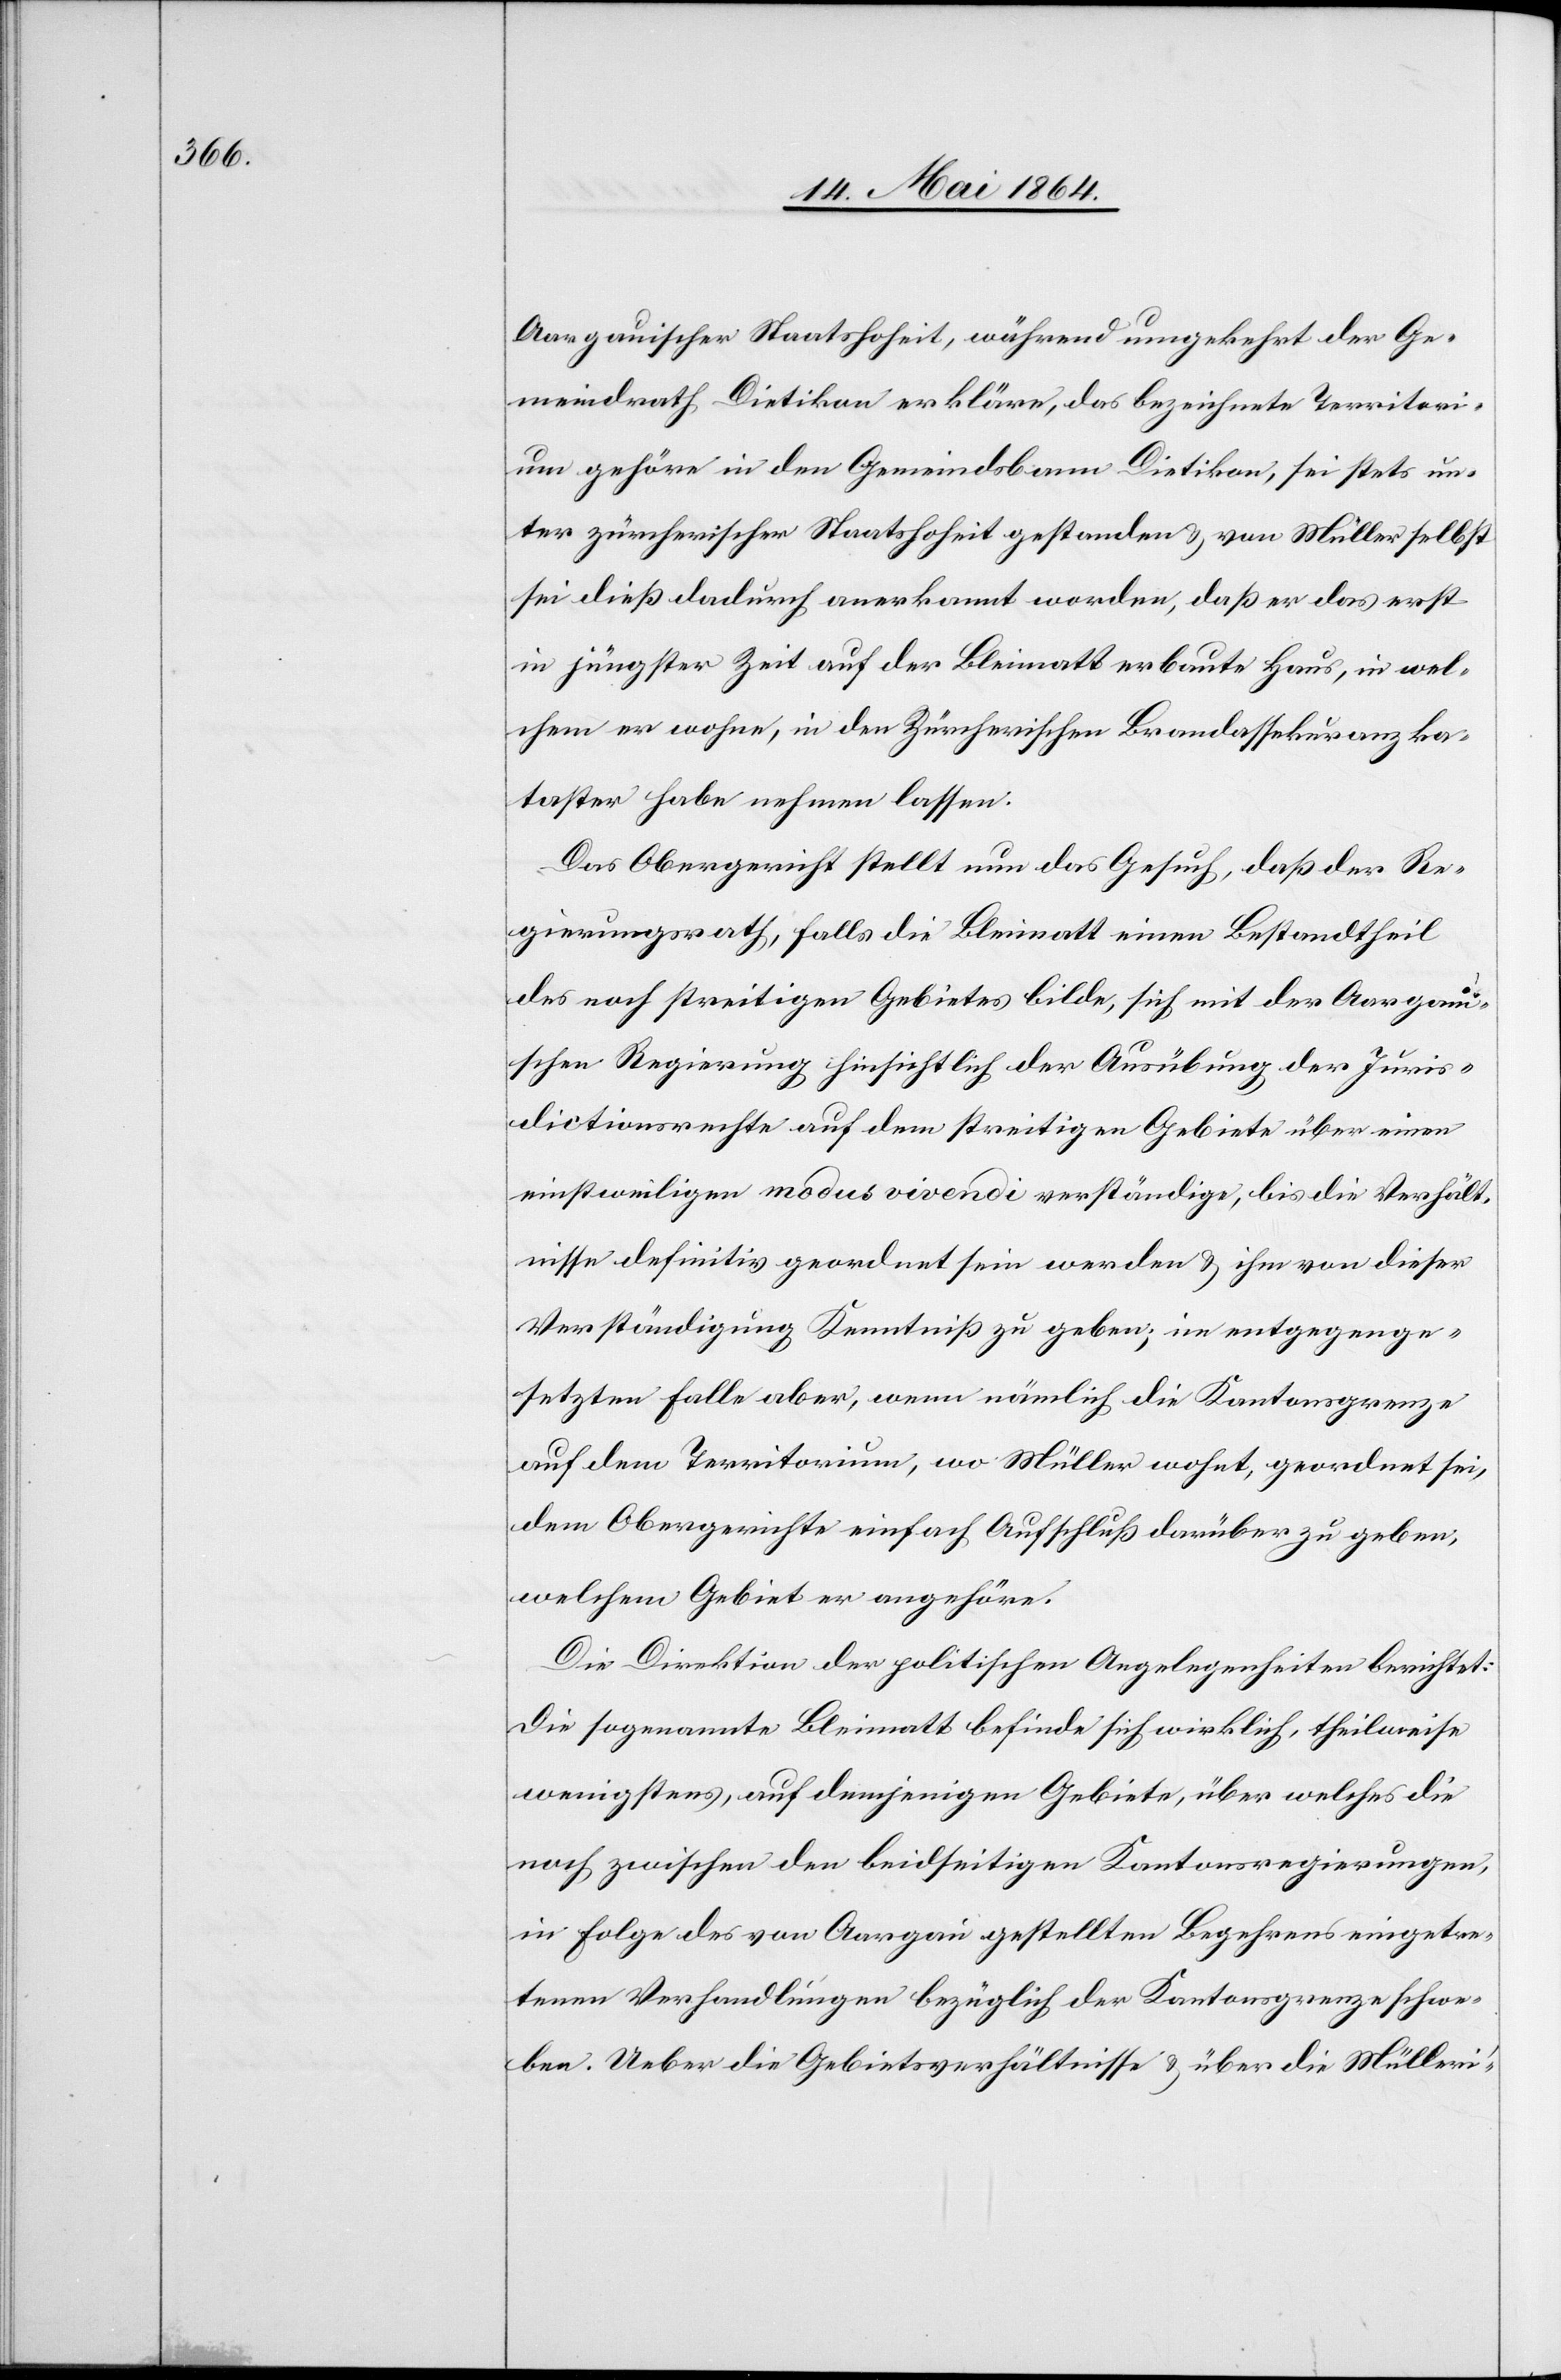
Aargauischer Staatshoheit, während umgekehrt der Ge¬
meindrath Dietikon erkläre, das bezeichnete Territori¬
um gehöre in den Gemeindsbann Dietikon, sei stets un¬
ter zürcherischer Staatshoheit gestanden u. von Müller selbst
sei dieß dadurch anerkannt worden, daß er das erst
in jüngster Zeit auf der Bleimatt erbaute Haus, in wel¬
chem er wohne, in den Zürcherischen Brandassekuranzka¬
taster habe nehmen lassen.
Das Obergericht stellt nun das Gesuch, daß der Re¬
gierungsrath, falls die Bleimatt einen Bestandtheil
des noch streitigen Gebietes bilde, sich mit der Aargaui¬
schen Regierung hinsichtlich der Ausübung der Juris¬
dictionsrechte auf dem streitigen Gebiete über einen
einstweiligen modus vivendi verständige, bis die Verhält¬
nisse definitiv geordnet sein werden u. ihm von dieser
Verständigung Kenntniß zu geben; im entgegenge¬
setzten Falle aber, wenn nämlich die Kantonsgrenze
auf dem Territorium, wo Müller wohnt, geordnet sei,
dem Obergerichte einfach Aufschluß darüber zu geben,
welchem Gebiet er angehöre.
Die Direktion der politischen Angelegenheiten berichtet:
Die sogenannte Bleimatt befinde sich wirklich, theilweise
wenigstens, auf demjenigen Gebiete, über welches die
noch zwischen den beidseitigen Kantonsregierungen,
in Folge des von Aargau gestellten Begehrens eingetre¬
tenen Verhandlungen bezüglich der Kantonsgrenze schwe¬
ben. Ueber die Gebietsverhältnisse u. über die Mülleri’-